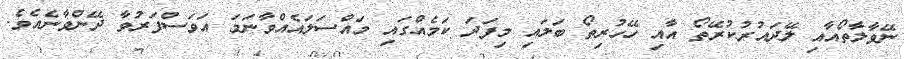
ނޭވާލާތޯއާއި ލޭދައުރުކުރޭތޯ އާއި ހޭހުރިތޯ ބަލައި މިފަދަ ކަމެއްގައި މައްސަލައެއްވާނަމަ އަވަސްފަރުވާ ދޭންވާނެއެވެ.